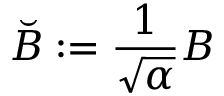
\breve { B } : = \frac { 1 } { \sqrt { \alpha } } B